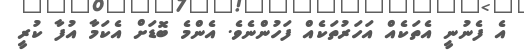
އެ ފެނުނީ އެތަކެއް އަހަރުތަކެއް ފަހުންނެވެ. އެންމެ ބޮޑަށް އެކަމާ އުފާ ކުރީ